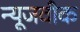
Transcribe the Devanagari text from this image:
न्‍यूजवीक